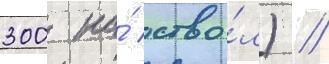
300 на́ ство́л) //